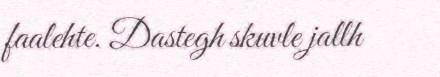
faalehte. Dastegh skuvle jallh